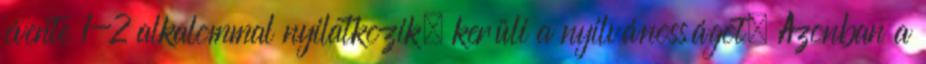
évente 1-2 alkalommal nyilatkozik, kerüli a nyilvánosságot. Azonban a